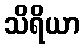
သိရိယာ